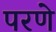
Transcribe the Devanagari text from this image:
परणे